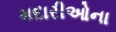
મદારીઓના